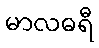
မာလဓရီ